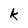
Character: k